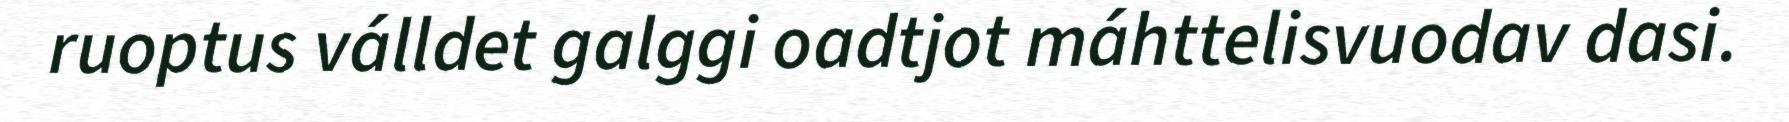
ruoptus válldet galggi oadtjot máhttelisvuodav dasi.